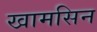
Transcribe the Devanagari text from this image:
खामसिन